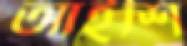
আইশি